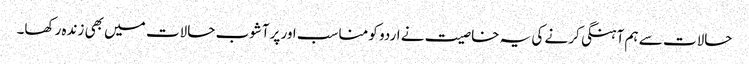
حالات سے ہم آہنگی کرنے کی یہ خاصیت نے اردو کو مناسب اور پرآشوب حالات میں بھی زندہ رکھا۔